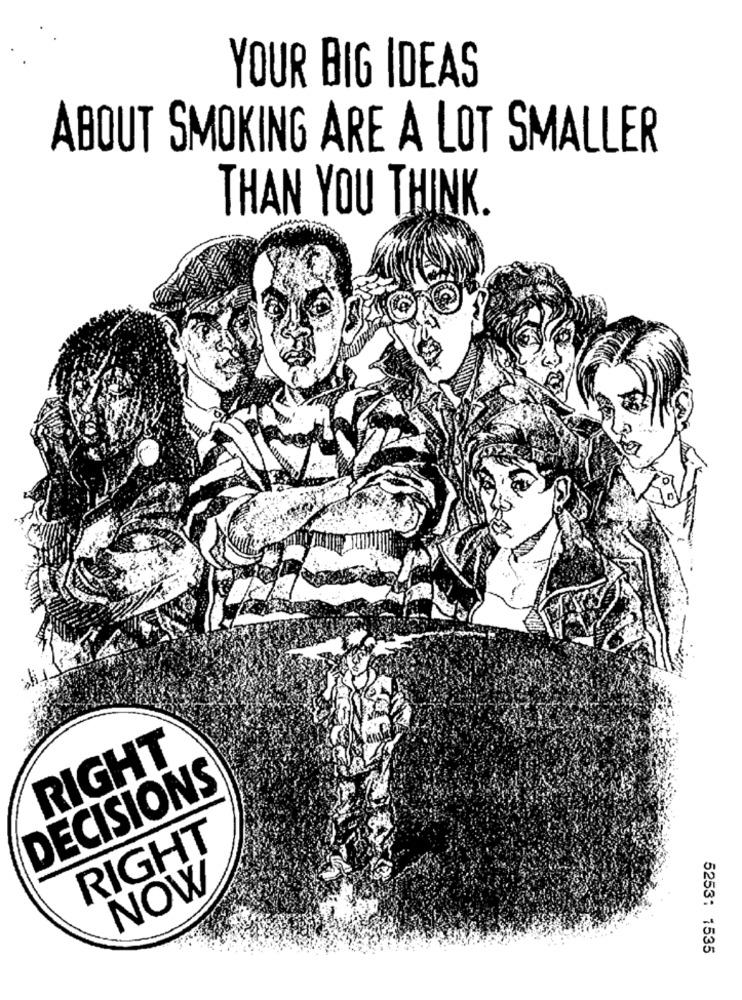
YOUR BIG IDEAS
ABOUT SMOKING ARE A LOT SMALLER
THAN YOU THINK.
RIGHT
DECISIONS
RIGHT
NOW
5253: 1535